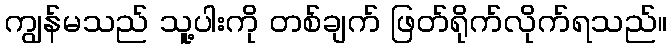
ကျွန်မသည် သူ့ပါးကို တစ်ချက် ဖြတ်ရိုက်လိုက်ရသည်။